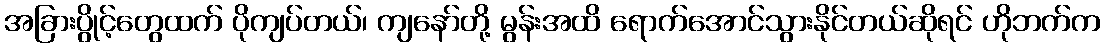
အခြားပွိုင့်တွေထက် ပိုကျပ်တယ်၊ ကျနော်တို့ မွန်းအထိ ရောက်အောင်သွားနိုင်တယ်ဆိုရင် ဟိုဘက်က